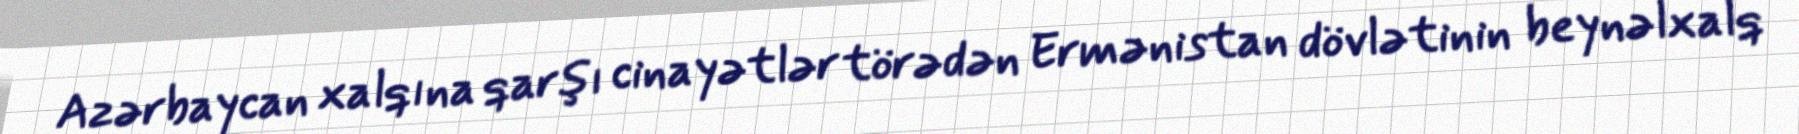
Azərbaycan xalqına qarşı cinayətlər törədən Ermənistan dövlətinin beynəlxalq